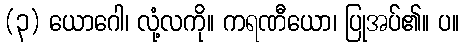
(၃) ယောဂေါ၊ လုံ့လကို။ ကရဏီယော၊ ပြုအပ်၏။ ပ။